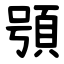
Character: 䪽